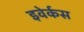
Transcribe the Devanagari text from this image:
इवेर्कस